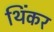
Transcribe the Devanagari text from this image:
थिंकर